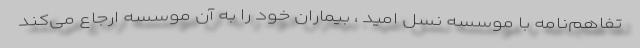
تفاهم‌نامه با موسسه نسل امید ، بیماران خود را به آن موسسه ارجاع می‌کند